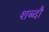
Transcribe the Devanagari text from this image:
शब्दौं